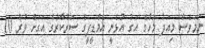
ނަމަވެސް މިއަދު މަހުގެ އަގު އުޅެނީ އެމްޑީޕީގެ ސަރުކާރުގެ އަގަށް ވުރެ 10